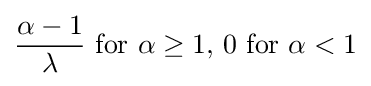
{\frac {\alpha -1}{\lambda }}{\text{ for }}\alpha \geq 1{\text{, }}0{\text{ for }}\alpha <1